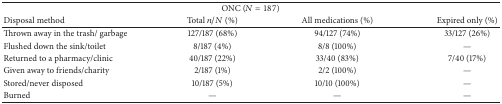
<table><thead><tr><td colspan="4"><b>ONC (<i>N</i> = 187)</b></td></tr><tr><td><b>Disposal method</b></td><td><b>Total <i>n</i>/<i>N</i> (%)</b></td><td><b>All medications (%)</b></td><td><b>Expired only (%)</b></td></tr></thead><tbody><tr><td>Thrown away in the trash/ garbage</td><td>127/187 (68%)</td><td>94/127 (74%)</td><td>33/127 (26%)</td></tr><tr><td>Flushed down the sink/toilet</td><td>8/187 (4%)</td><td>8/8 (100%)</td><td>—</td></tr><tr><td>Returned to a pharmacy/clinic</td><td>40/187 (22%)</td><td>33/40 (83%)</td><td>7/40 (17%)</td></tr><tr><td>Given away to friends/charity</td><td>2/187 (1%)</td><td>2/2 (100%)</td><td>—</td></tr><tr><td>Stored/never disposed</td><td>10/187 (5%)</td><td>10/10 (100%)</td><td>—</td></tr><tr><td>Burned</td><td>—</td><td>—</td><td>—</td></tr></tbody></table>